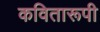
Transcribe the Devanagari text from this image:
कवितारूपी